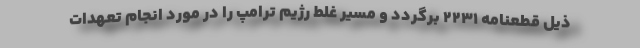
ذیل قطعنامه ۲۲۳۱ برگردد و مسیر غلط رژیم ترامپ را در مورد انجام تعهدات